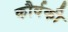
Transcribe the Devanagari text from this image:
कौर्वकी